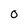
Character: 0